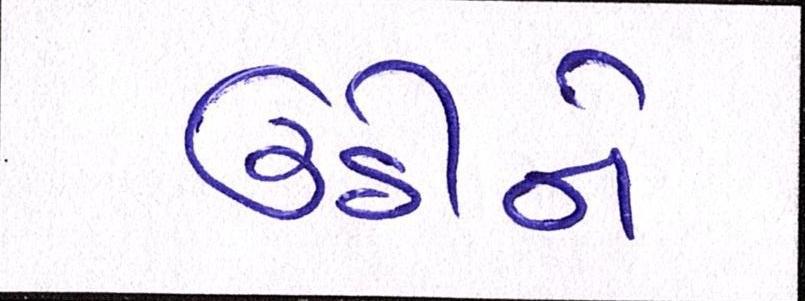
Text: ઉઠીને